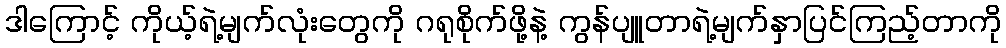
ဒါကြောင့် ကိုယ့်ရဲ့မျက်လုံးတွေကို ဂရုစိုက်ဖို့နဲ့ ကွန်ပျူတာရဲ့မျက်နှာပြင်ကြည့်တာကို